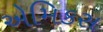
એમિકસ